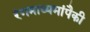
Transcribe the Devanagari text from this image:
रंगमाध्यमांपैकी